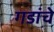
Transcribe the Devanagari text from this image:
गडांचे